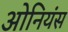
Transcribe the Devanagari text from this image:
ओनियंस